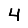
Digit: 4